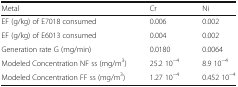
| Metal | Cr | Ni |
 | --- | --- | --- |
 | EF (g/kg) of E7018 consumed | 0.006 | 0.002 |
 | EF (g/kg) of E6013 consumed | 0.004 | 0.002 |
 | Generation rate G (mg/min) | 0.0180 | 0.0064 |
 | Modeled Concentration NF ss (mg/m3) | 25.2 10−4 | 8.9 10−4 |
 | Modeled Concentration FF ss (mg/m3) | 1.27 10−4 | 0.452 10−4 |